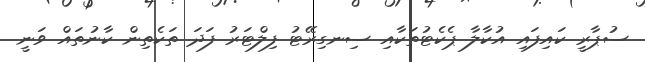
ސުޕާރީ ކައިފައި އުކާލާ ޕެކެޓުތަކާއި ސިނގިރޭޓު ފިލްޓަރު ފަދަ ތަކެތިން ކާނުތައް ވަނީ